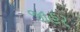
જાહર